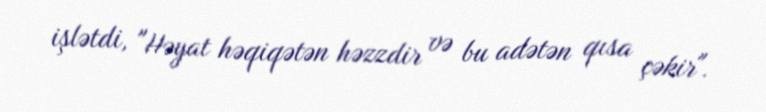
işlətdi, "Həyat həqiqətən həzzdir və bu adətən qısa çəkir".